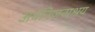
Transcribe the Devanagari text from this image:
अवनिजनाश्रय